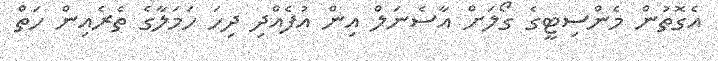
އެގޮތުން މެންސިޓީގެ ގޯލަށް އާސެނަލް އިން އުފެއްދި ދިހަ ހަމަލާގެ ތެރެއިން ހަތް